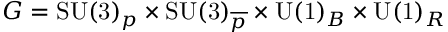
G = \mathrm { S U ( 3 ) } _ { p } \times \mathrm { S U ( 3 ) } _ { \overline { { { p } } } } \times \mathrm { U ( 1 ) } _ { B } \times \mathrm { U ( 1 ) } _ { R }